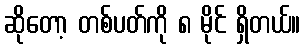
ဆိုတော့ တစ်ပတ်ကို ၈ မိုင် ရှိတယ်။